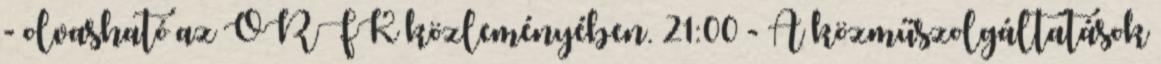
- olvasható az ORFK közleményében. 21:00 - A közműszolgáltatások